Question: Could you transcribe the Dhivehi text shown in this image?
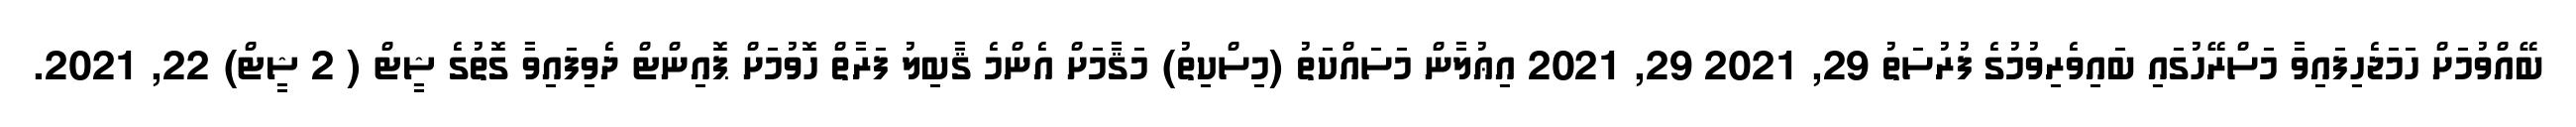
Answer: ބޭއްވުމަށް ހަމަޖެހިފައިވާ މަސްރޭހުގައި ބައިވެރިވުމުގެ ފުރުސަތު 29, 2021 29, 2021 އިޢުލާން މަސައްކަތު (މިސްކިތު) މަޤާމަށް އެންމެ ޤާބިލު ފަރާތް ހޮވުމަށް ޕޮއިންޓް ދެވިފައިވާ ގޮތުގެ ޝީޓް ( 2 ޝީޓް) 22, 2021.